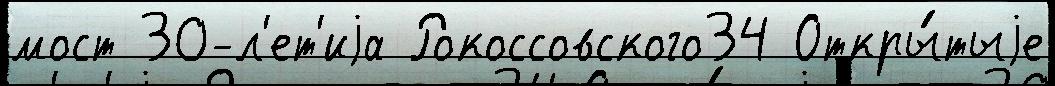
мост 30-л'ет'иjа Рокоссовского34 Откры́тыjе